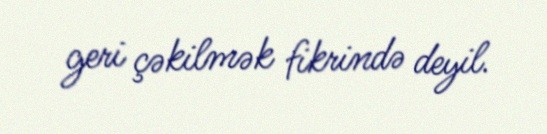
geri çəkilmək fikrində deyil.